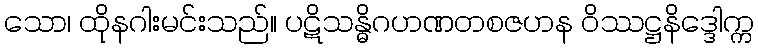
သော၊ ထိုနဂါးမင်းသည်။ ပဋိသန္ဓိဂဟဏတစဇဟန ဝိဿဋ္ဌနိဒ္ဒေါက္က